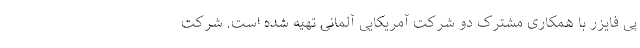
پی فایزر با همکاری مشترک دو شرکت آمریکایی آلمانی تهیه شده است. شرکت